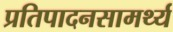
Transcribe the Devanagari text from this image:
प्रतिपादनसामर्थ्य